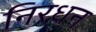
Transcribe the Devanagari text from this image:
निरधन